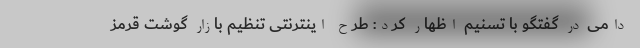
دامی در گفتگو با تسنیم اظهار کرد: طرح اینترنتی تنظیم بازار گوشت قرمز